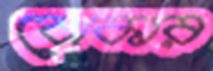
বোকার